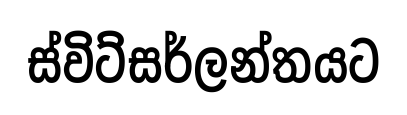
ස්විට්සර්ලන්තයට